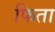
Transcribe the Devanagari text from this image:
फिता